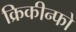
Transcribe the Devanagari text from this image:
क्रिकीन्फो